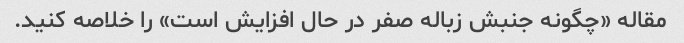
مقاله «چگونه جنبش زباله صفر در حال افزایش است» را خلاصه کنید.